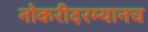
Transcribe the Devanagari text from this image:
नोकरीदरम्यानच